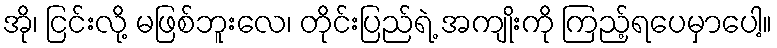
အို၊ ငြင်းလို့ မဖြစ်ဘူးလေ၊ တိုင်းပြည်ရဲ့ အကျိုးကို ကြည့်ရပေမှာပေါ့။